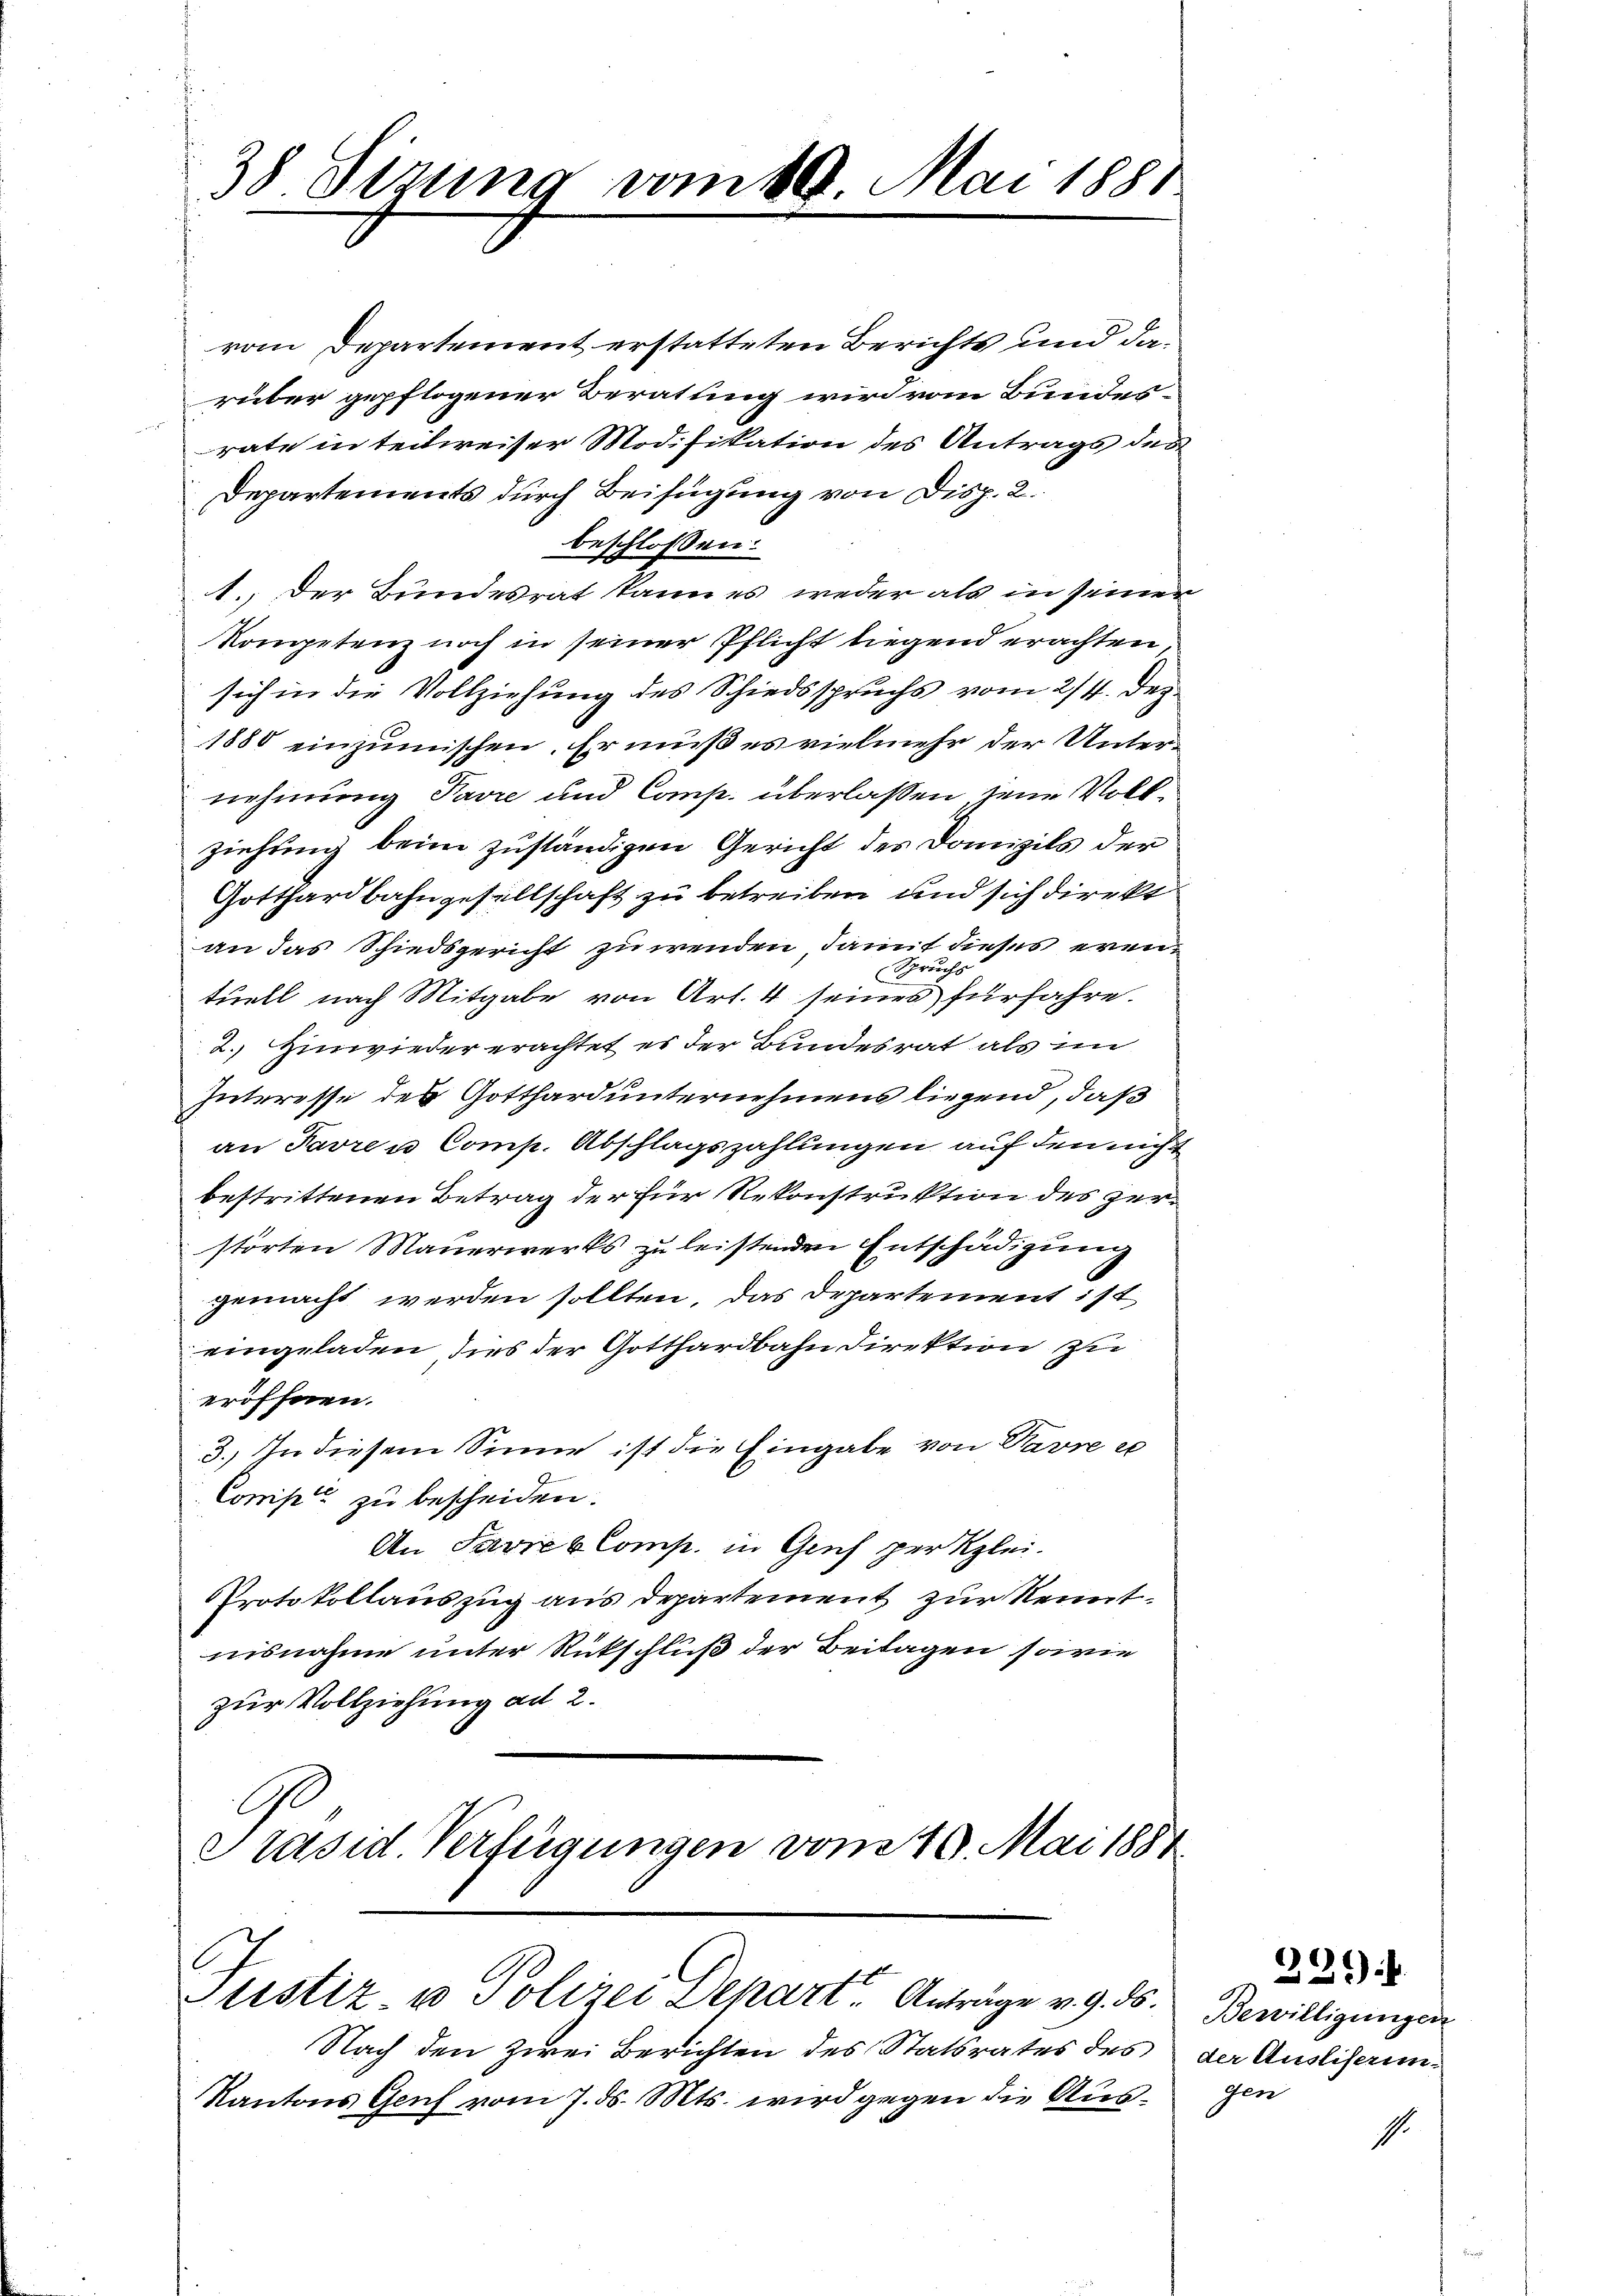
38 Sezung vom 10. Mai 1881
|

vom Departement erstatteten Berichts und darüber gepflogener Beratung wird vom Bundesrate in teilweiser Modifikation des Antrags des
Departements durch Beifügung von Disp. 2.
beschlossen:
1.) Der Bundesrat kann es weder als in seiner
Kompetenz noch in seiner Pflicht liegend erachten,
sich in die Vollziehung des Schiedsspruchs vom 2/4. Dez.
1880 einzumischen. Er muß es vielmehr der Unternehmung Favre und Comp. überlaßen jene Vollziehung beim zuständigen Gericht des Domizils der
Gotthardbahngesellschaft zu betreiben und sich direkt
an das Schiedsgericht zu wenden, damit dieses eren¬
Spruchs
tuell nach Mitgabe von Art. 4 seines fürfahre.
2. Einwieder erachtet es der Bundesrat als im
Interesse des Gotthard unternehmens liegend, daß
an Favre u. Comp. Abschlagszahlungen auf den nicht
bestrittenen Betrag der für Rekonstruktion des zerstörten Mauerwerks zu leistenden Entschädigung
gemacht werden sollten, das Departement ist
eingeladen, dies der Gotthardbahn Direktion zu
eröffnen.
3.) In diesem Sinne ist die Eingabe von Pavre ex
Comip zu bescheiden.
An Parrer Comp. in Gruch per Klei¬
Protokollauszug aus Departement zur Kennt.
nisnahme unter Rückschluß der Beitagen sowie
zur Vollziehung ad 2.
Ge
Präsid. Verfügungen vom 10. Mai 1881

Plistiz- u Polizei Depart. Anträge v. 9. ds.

Nach den zwei Berichten des Statsrates des der Ausliserung
Kantons Genf vom 7. ds. Mts. wird gegen die Aus¬

229.

Bewilligungen
gen

1